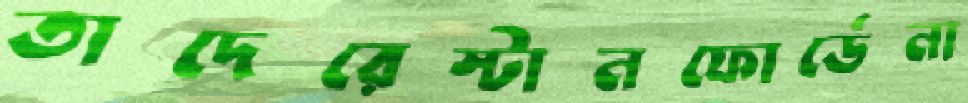
তাদেরেস্টানফোর্ডেনা